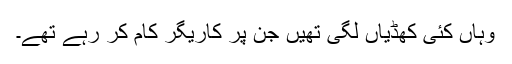
وہاں کئی کھڈیاں لگی تھیں جن پر کاریگر کام کر رہے تھے۔